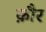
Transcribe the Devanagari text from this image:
क़ौर